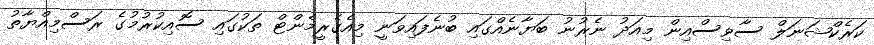
ކަރެކްޝަނަލް ސާވިސްއިން މިއަދު ނެރުނު ބަޔާނެއްގައި ބުނެފައިވަނީ މިއެގެރީމެންޓް ތަކުގައި ސޮއިކުރުމުގެ ރަސްމިއްޔާތު